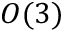
O ( 3 )